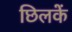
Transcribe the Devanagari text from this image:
छिलकें